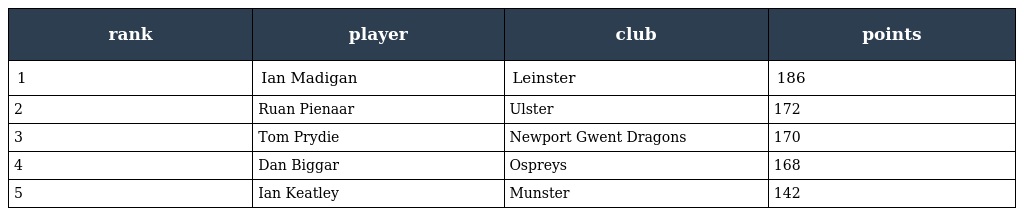
| rank | player | club | points |
 | --- | --- | --- | --- |
 | 1 | Ian Madigan | Leinster | 186 |
 | 2 | Ruan Pienaar | Ulster | 172 |
 | 3 | Tom Prydie | Newport Gwent Dragons | 170 |
 | 4 | Dan Biggar | Ospreys | 168 |
 | 5 | Ian Keatley | Munster | 142 |